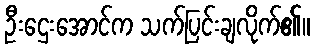
ဦးဌေးအောင်က သက်ပြင်းချလိုက်၏။